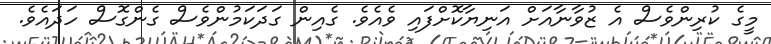
މީގެ ކުރިންވެސް އެ ޒުވާނާއަށް އަނިޔާކޮށްފައި ވެއެވެ. ގެއިން ގަދަކަމުންވެސް ގެންގޮސް ހަދައެވެ.